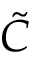
\tilde { C }